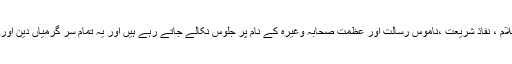
تقریباًتمام مکاتب فکرنے دینی مقاصد کے لئے جلوس نکالنے ،مثلاً، شوکت اسلام ، نفاذ شریعت ،ناموس رسالت اور عظمت صحابہ وغیرہ کے نام پر جلوس نکالے جاتے رہے ہیں اور یہ تمام سر گرمیاں دین اور مقاصد دین سے تعلق رکھتی ہیں اور انہیں اس دور میں قبول عام مل چکا ہے۔